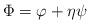
LaTeX: \begin{align*}\Phi = \varphi + \eta \psi\end{align*}